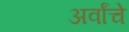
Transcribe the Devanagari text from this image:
अर्वांचे